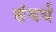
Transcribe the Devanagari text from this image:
संबर्ध